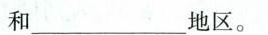
和___地区。